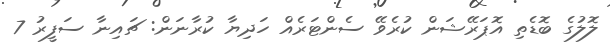
ލޮލުގެ ބޮޑެތި އޮޕަރޭޝަން ކުރެވޭ ސެންޓަރެއް ހަދިޔާ ކުރާނަން: ޗައިނާ ސަފީރު 7